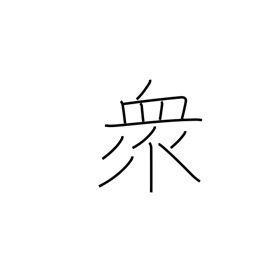
Meaning: multitude